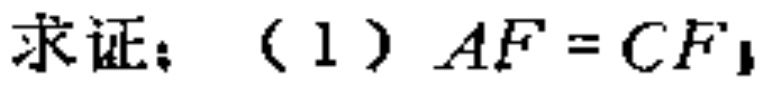
求证：（1）$AF = CF$